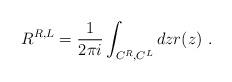
LaTeX: \begin{align*}R^{R,L}=\frac{1}{2\pi i} \int_{C^R,C^L}dz r(z) \ .\end{align*}